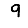
Digit: 9